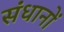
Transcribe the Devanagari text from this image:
संधानों